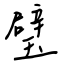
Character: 璧